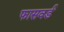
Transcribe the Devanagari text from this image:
फासवर्ड